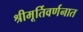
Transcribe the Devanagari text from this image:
श्रीमूर्तिवर्णनात